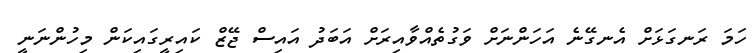
ހަމަ ރަނގަޅަށް އެނގޭނެ އަހަންނަށް ވަގުތެއްވާއިރަށް އަބަދު އައިސް ޖޭޒް ކައިރީގައިކަން މިހުންނަނީ